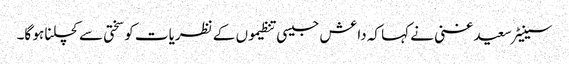
سینیٹر سعید غنی نے کہا کہ داعش جیسی تنظیموں کے نظریات کو سختی سے کچلنا ہو گا۔